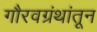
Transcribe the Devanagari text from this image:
गौरवग्रंथांतून